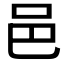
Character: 邑